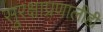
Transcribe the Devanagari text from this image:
सुरक्षाप्रणालीही